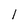
Character: l